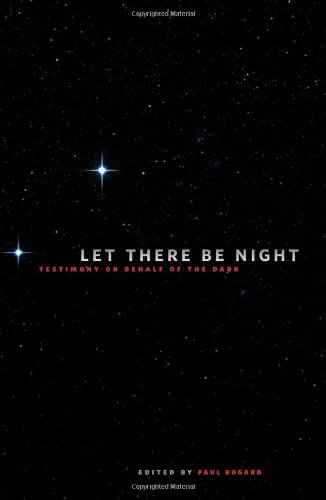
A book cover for Let There Be Night: Testimony on Behalf of the Dark; Science & Math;